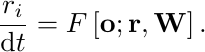
\begin{equation*}
    \frac{r_i}{{\rm d}t} = F\left[\mathbf{o}; \mathbf{r},\mathbf{W}\right].
\end{equation*}